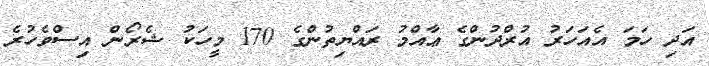
އަދި ހަމަ އެއަހަރު އުރްދުންގެ ޢާއްމު ރައްޔިތުންގެ 170 މީހަކު ޝެރޯން އިސްވެހުރެ